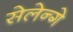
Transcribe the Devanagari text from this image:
सेलेन्गे